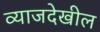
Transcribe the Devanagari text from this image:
व्याजदेखील